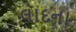
લાદના